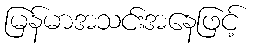
မြန်မာအသင်းအနေဖြင့်